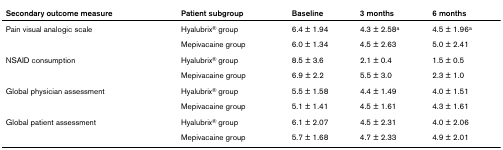
<table><thead><tr><td><b>Secondary outcome measure</b></td><td><b>Patient subgroup</b></td><td><b>Baseline</b></td><td><b>3 months</b></td><td><b>6 months</b></td></tr></thead><tbody><tr><td>Pain visual analogic scale</td><td>Hyalubrix<sup>® </sup>group</td><td>6.4 ± 1.94</td><td>4.3 ± 2.58<sup>a</sup></td><td>4.5 ± 1.96<sup>a</sup></td></tr><tr><td></td><td>Mepivacaine group</td><td>6.0 ± 1.34</td><td>4.5 ± 2.63</td><td>5.0 ± 2.41</td></tr><tr><td>NSAID consumption</td><td>Hyalubrix<sup>® </sup>group</td><td>8.5 ± 3.6</td><td>2.1 ± 0.4</td><td>1.5 ± 0.5</td></tr><tr><td></td><td>Mepivacaine group</td><td>6.9 ± 2.2</td><td>5.5 ± 3.0</td><td>2.3 ± 1.0</td></tr><tr><td>Global physician assessment</td><td>Hyalubrix<sup>® </sup>group</td><td>5.5 ± 1.58</td><td>4.4 ± 1.49</td><td>4.0 ± 1.51</td></tr><tr><td></td><td>Mepivacaine group</td><td>5.1 ± 1.41</td><td>4.5 ± 1.61</td><td>4.3 ± 1.61</td></tr><tr><td>Global patient assessment</td><td>Hyalubrix<sup>® </sup>group</td><td>6.1 ± 2.07</td><td>4.5 ± 2.31</td><td>4.0 ± 2.06</td></tr><tr><td></td><td>Mepivacaine group</td><td>5.7 ± 1.68</td><td>4.7 ± 2.33</td><td>4.9 ± 2.01</td></tr></tbody></table>